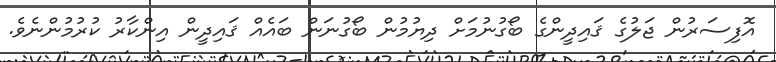
އޮފިސަރުން ޖަލުގެ ޤައިދީންގެ ބޯގުނުމަށް ދިޔުމުން ބޯގުނަން ބައެއް ޤައިދީން އިންކާރު ކުރުމުންނެވެ.